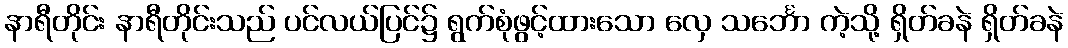
နာရီတိုင်း နာရီတိုင်းသည် ပင်လယ်ပြင်၌ ရွက်စုံဖွင့်ထားသော လှေ သင်္ဘော ကဲ့သို့ ရှိတ်ခနဲ ရှိတ်ခနဲ